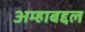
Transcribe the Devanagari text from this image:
अम्हाबद्दल